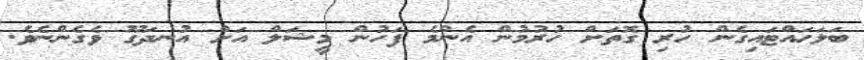
ބަލަހައްޓައިގެން ހުރި ގޮތަށް ހުރުމުން އެންމެ ފަހުން މީޝަލް އަށް އުނދަގޫ ވެގެންނެވެ.